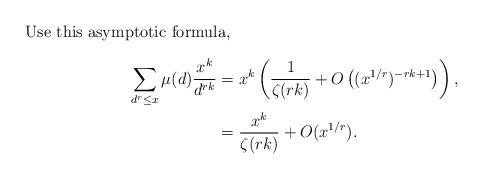
LaTeX: \begin{align*}\intertext{Use this asymptotic formula,}\sum_{d^r\le x}\mu(d)\frac{x^k}{d^{rk}}&=x^k\left(\frac1{\zeta(rk)}+O\left((x^{1/r})^{-rk+1}\right)\right),\\&=\frac{x^k}{\zeta(rk)}+O(x^{1/r}).\end{align*}